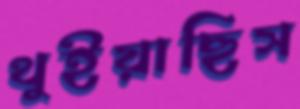
থুইয়াছিস